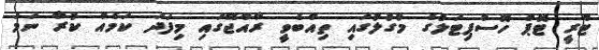
ޓްރީ ޓޮޕް ހޮސްޕިޓަލުގެ މުގުލުގައި ތިއްބެވީ ރާއްޖޭގައި މިފަދަ ކަމެއް ކުރާ ނަމަ